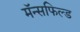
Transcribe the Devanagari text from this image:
मॅन्सफिल्ड